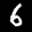
Label: 6